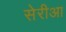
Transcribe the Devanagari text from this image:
सेरीआ